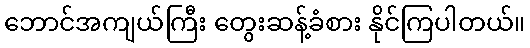
ဘောင်အကျယ်ကြီး တွေးဆန့်ခံစား နိုင်ကြပါတယ်။